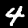
Digit: 4